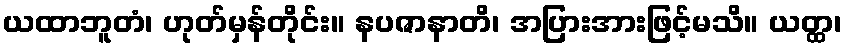
ယထာဘူတံ၊ ဟုတ်မှန်တိုင်း။ နပဇာနာတိ၊ အပြားအားဖြင့်မသိ။ ယတ္ထ၊